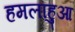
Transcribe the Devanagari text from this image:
हमलाहुआ